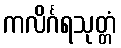
ကလိင်္ဂရသုတ္တံ